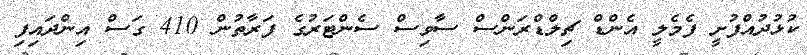
ކުޅުދުއްފުށީ ފެމެލީ އެންޑް ޗިލްޑްރަންސް ސާވިސް ސެންޓަރުގެ ފަރާތުން 410 ގަސް އިންދައިފި